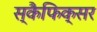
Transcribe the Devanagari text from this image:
स्कैफिक्सर